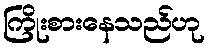
ကြိုးစားနေသည်ဟု